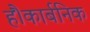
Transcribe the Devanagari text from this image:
हैं।कार्बनिक